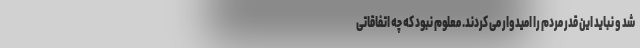
شد و نباید این قدر مردم را امیدوار می کردند. معلوم نبود که چه اتفاقاتی